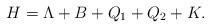
LaTeX: \begin{align*}H=\Lambda+B+Q_1+Q_2+K.\end{align*}